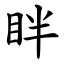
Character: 眫